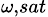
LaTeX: _{\omega,sat}